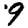
Digit: 9